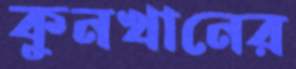
কুনখানের